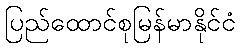
ပြည်ထောင်စုမြန်မာနိုင်ငံ